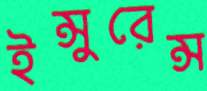
ইন্সুরেন্স